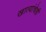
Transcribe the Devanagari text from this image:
खात्यांचेही